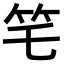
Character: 𥫥